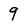
Character: 9